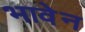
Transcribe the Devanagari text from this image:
भावेन